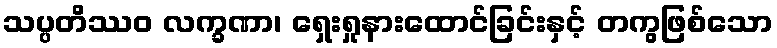
သပ္ပတိဿဝ လက္ခဏာ၊ ရှေးရှုနားထောင်ခြင်းနှင့် တကွဖြစ်သော